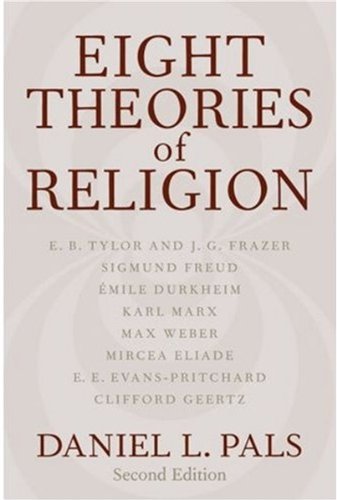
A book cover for Eight Theories of Religion; Daniel L. Pals; Religion & Spirituality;